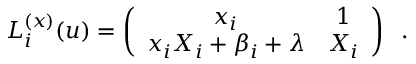
L _ { i } ^ { ( x ) } ( u ) = \left( \begin{array} { c c } { { x _ { i } } } & { { 1 } } \\ { { x _ { i } X _ { i } + \beta _ { i } + \lambda } } & { { X _ { i } } } \end{array} \right) \; \; .